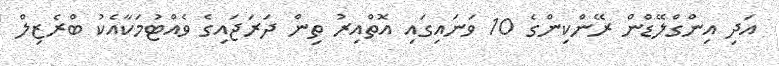
އަދި އިންގްލޭޑްން ރޭންކިންގެ 10 ވަނައިގައި އޮތްއިރު ތިން ދަރަޖައިގެ ވެއްޓުމަކާއެކު ބްރެޒިލް